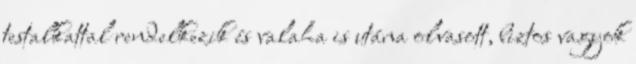
testalkattal rendelkezik és valaha is utána olvasott, biztos vagyok